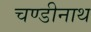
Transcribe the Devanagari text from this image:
चण्‍डीनाथ